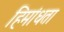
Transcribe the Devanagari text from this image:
हिमांधता